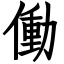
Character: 働